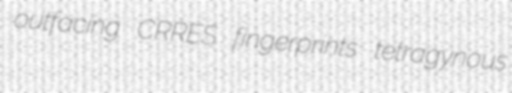
outfacing CRRES fingerprints tetragynous